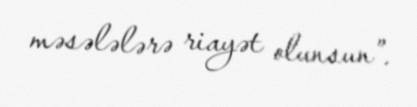
məsələlərə riayət olunsun”.